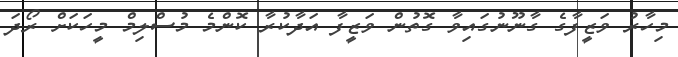
މިހާރު ވަޒީފާގެ ގާނޫނުގައިވާ ގޮތުން ވަޒީފާ އަދާކުރާ ކޮންމެ މުސްލިމް މީހަކަށް ރޯދަ